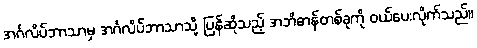
အင်္ဂလိပ်ဘာသာမှ အင်္ဂလိပ်ဘာသာသို့ ပြန်ဆိုသည့် အဘိဓာန်တစ်ခုကို ဝယ်ပေးလိုက်သည်။